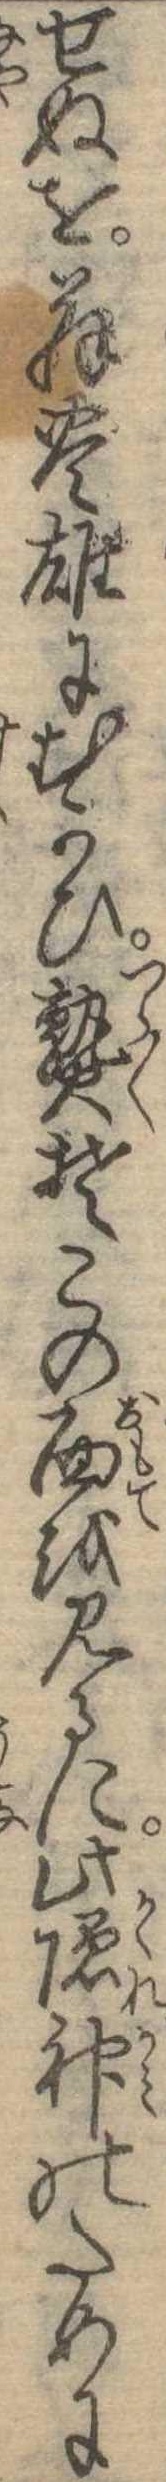
せぬを翁豊雄にむかひ熟そこの面を見るに此隠神のために